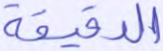
الدقيقة